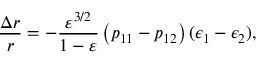
\frac { \Delta r } { r } = - \frac { \varepsilon ^ { 3 / 2 } } { 1 - \varepsilon } \left( p _ { 1 1 } - p _ { 1 2 } \right) ( \epsilon _ { 1 } - \epsilon _ { 2 } ) ,